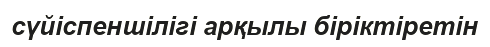
сүйіспеншілігі арқылы біріктіретін